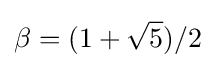
\beta =(1+{\sqrt {5}})/2